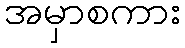
အမှာစကား